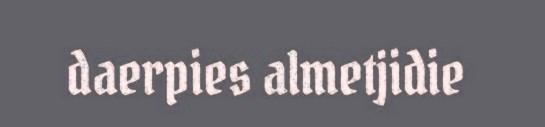
daerpies almetjidie